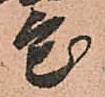
宅